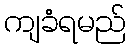
ကျခံရမည်